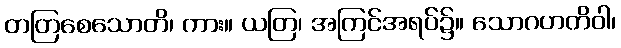
တတြစေသောတိ၊ ကား။ ယတြ၊ အကြင်အရပ်၌။ သောဂဟတိဝါ၊